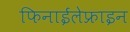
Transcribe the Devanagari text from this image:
फिनाईलेफ्राइन